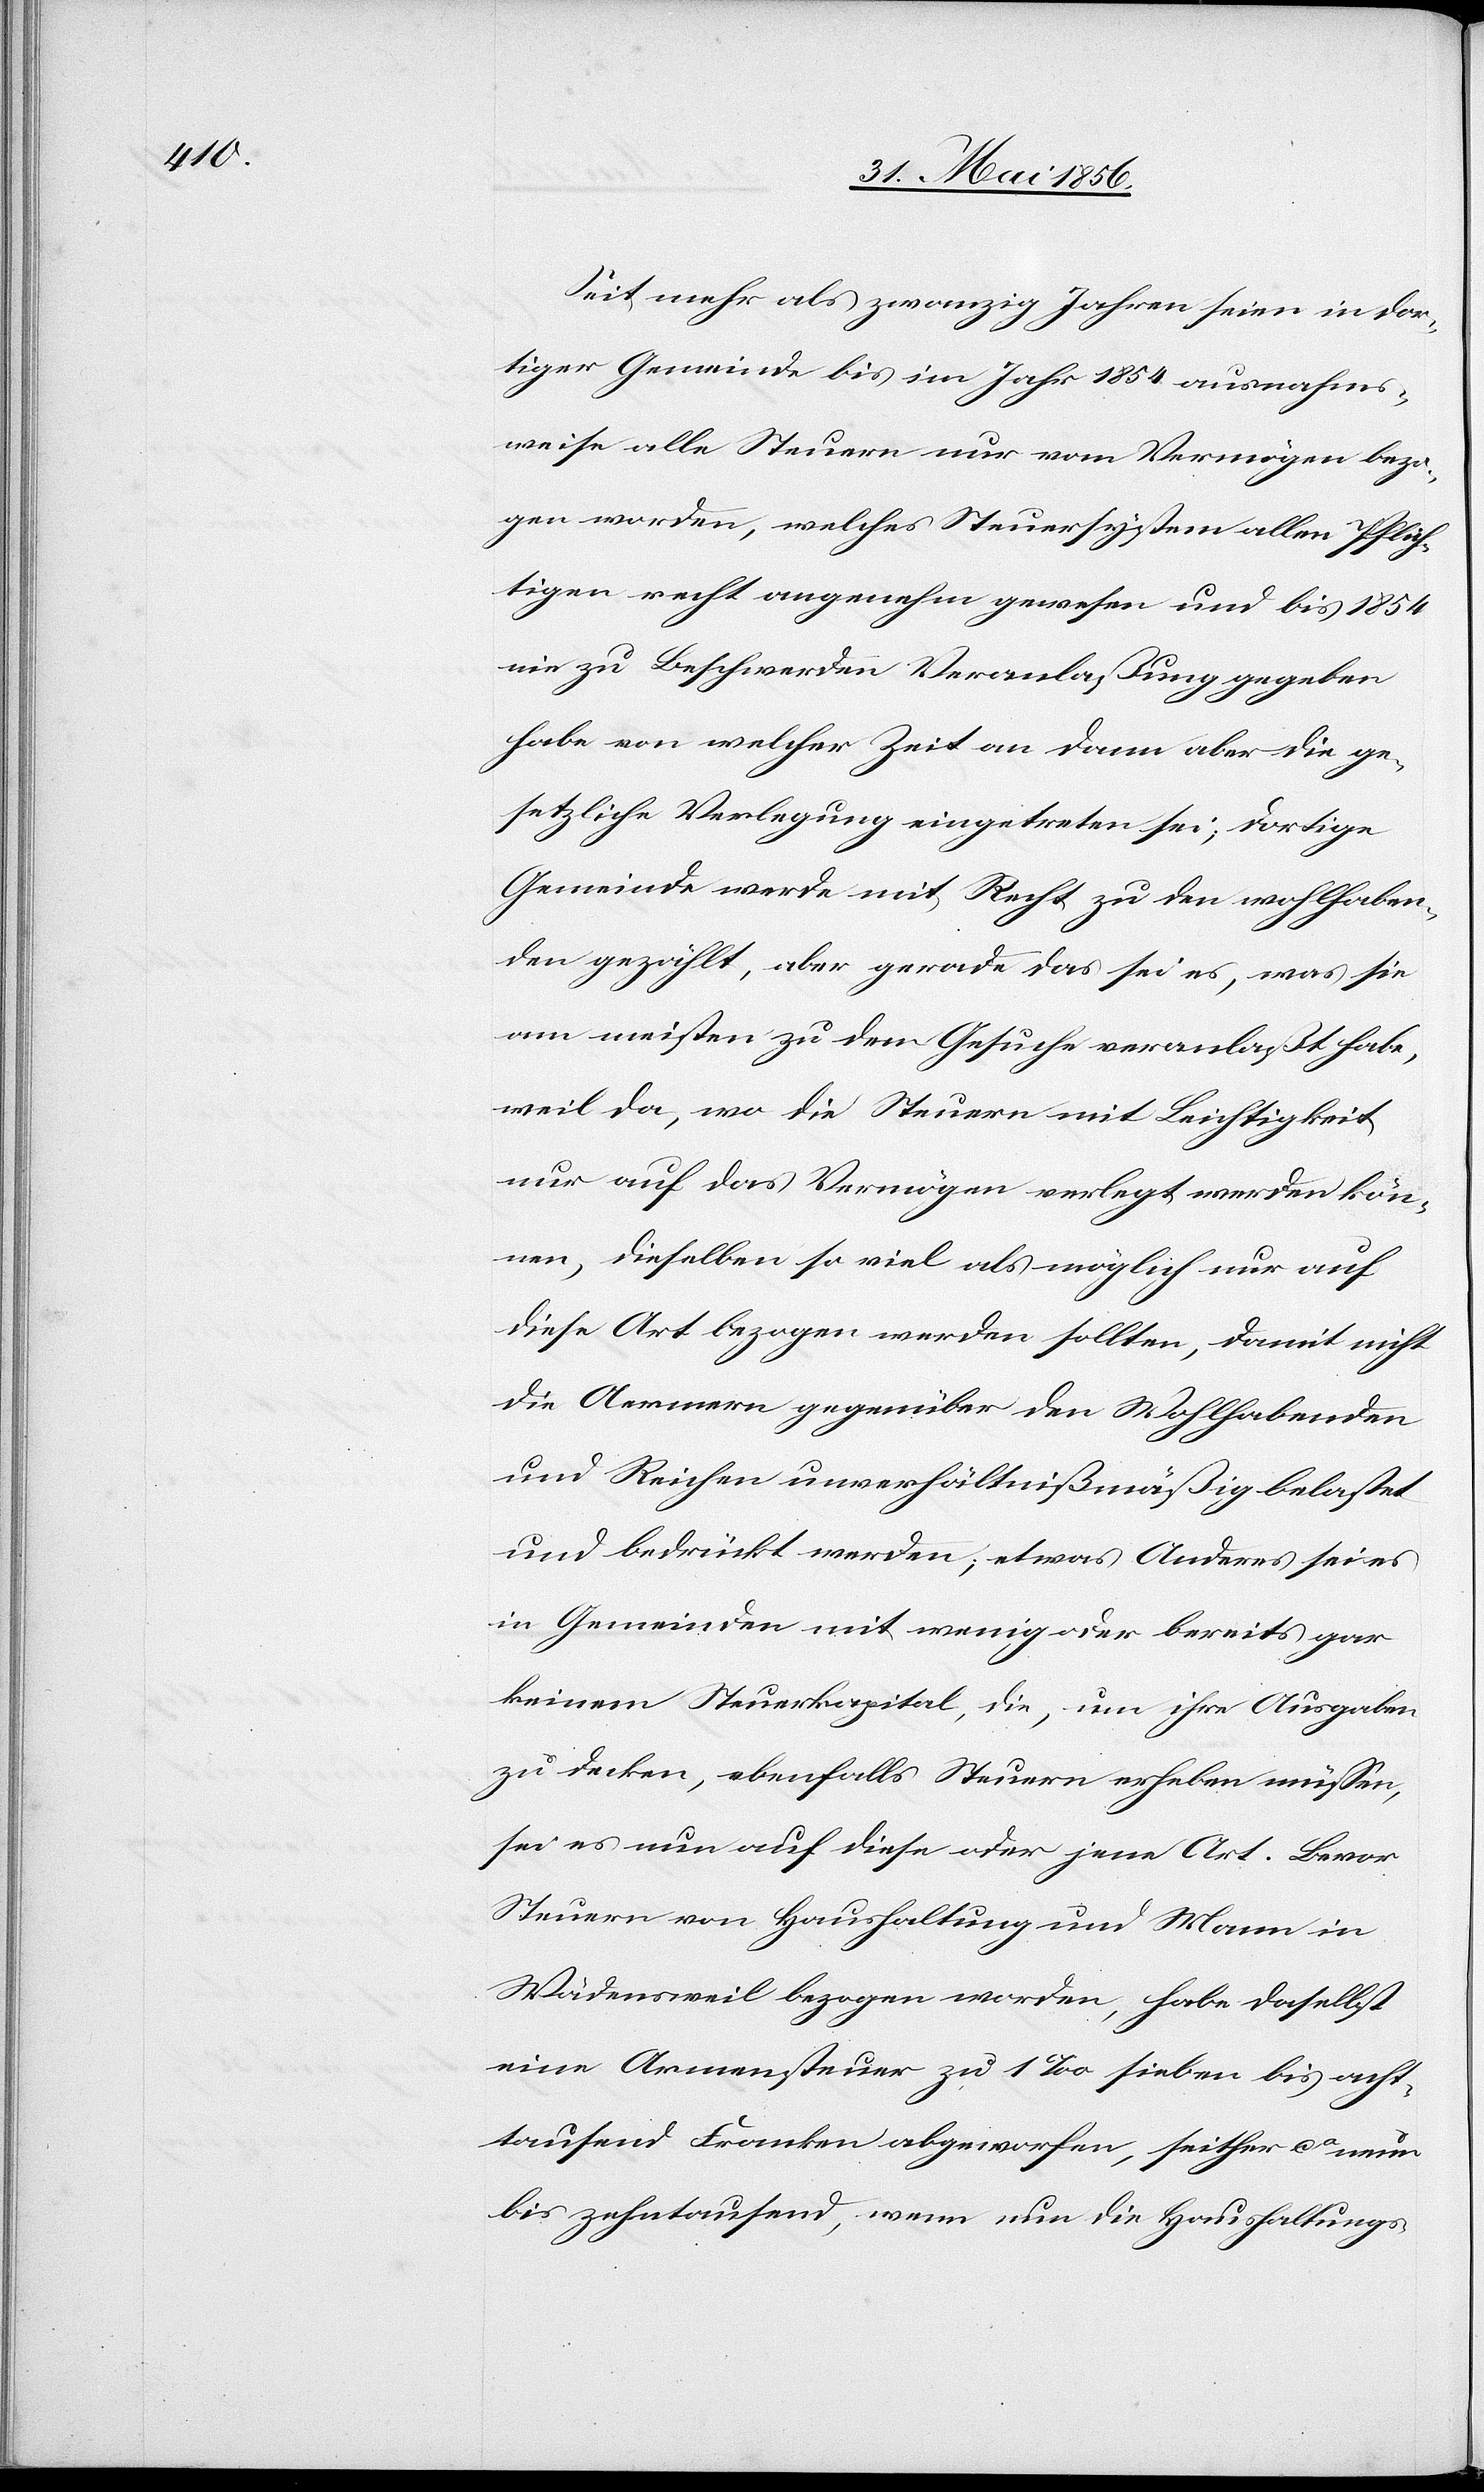
Seit mehr als zwanzig Jahren seien in dor¬
tiger Gemeinde bis im Jahr 1854 ausnahms¬
weise alle Steuern nur vom Vermögen bezo¬
gen worden, welches Steuersystem allen Pflich¬
tigen recht angenehm gewesen und bis 1854
nie zu Beschwerden Veranlaßung gegeben
habe von welcher Zeit an dann aber die ge¬
setzliche Verlegung eingetreten sei; dortige
Gemeinde werde mit Recht zu den wohlhaben¬
den gezählt, aber gerade das sei es, was sie
am meisten zu dem Gesuche veranlaßt habe,
weil da, wo die Steuern mit Leichtigkeit
nur auf das Vermögen verlegt werden kön¬
nen, dieselben so viel als möglich nur auf
diese Art bezogen werden sollten, damit nicht
die Aermern gegenüber den Wohlhabenden
und Reichen unverhältnißmäßig belastet
und bedrückt werden; etwas Anderes sei es
in Gemeinden mit wenig oder bereits gar
keinem Steuerkapital, die um ihre Ausgaben
zu decken, ebenfalls Steuern erheben müssen,
sei es nun auf diese oder jene Art. Bevor
Steuern von Haushaltung und Mann in
Wädensweil bezogen worden, habe daselbst
eine Armensteuer zu 1‰ sieben bis acht¬
tausend Franken abgeworfen, seither ca neun
bis zehntausend, wenn nun die Haushaltungs-